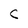
Character: c